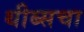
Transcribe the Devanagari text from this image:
थीब्सचा